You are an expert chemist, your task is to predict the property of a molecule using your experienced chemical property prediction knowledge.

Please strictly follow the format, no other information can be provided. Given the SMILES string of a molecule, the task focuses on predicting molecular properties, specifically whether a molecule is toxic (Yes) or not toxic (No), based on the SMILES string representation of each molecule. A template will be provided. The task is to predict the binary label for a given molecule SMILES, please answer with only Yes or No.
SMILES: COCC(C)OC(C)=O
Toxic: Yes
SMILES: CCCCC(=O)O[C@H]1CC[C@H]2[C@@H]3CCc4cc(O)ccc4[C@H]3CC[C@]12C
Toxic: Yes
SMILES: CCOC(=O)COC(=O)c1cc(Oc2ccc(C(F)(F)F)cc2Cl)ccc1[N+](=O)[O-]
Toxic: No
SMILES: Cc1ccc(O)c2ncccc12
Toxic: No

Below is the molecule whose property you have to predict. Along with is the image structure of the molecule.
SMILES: CCCCCCn1cc[n+](C)c1.O=S(=O)([O-])C(F)(F)F
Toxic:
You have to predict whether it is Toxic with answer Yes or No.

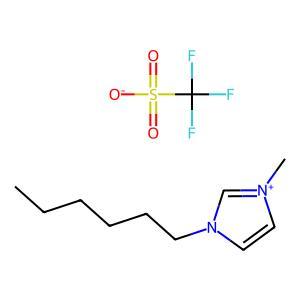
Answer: No